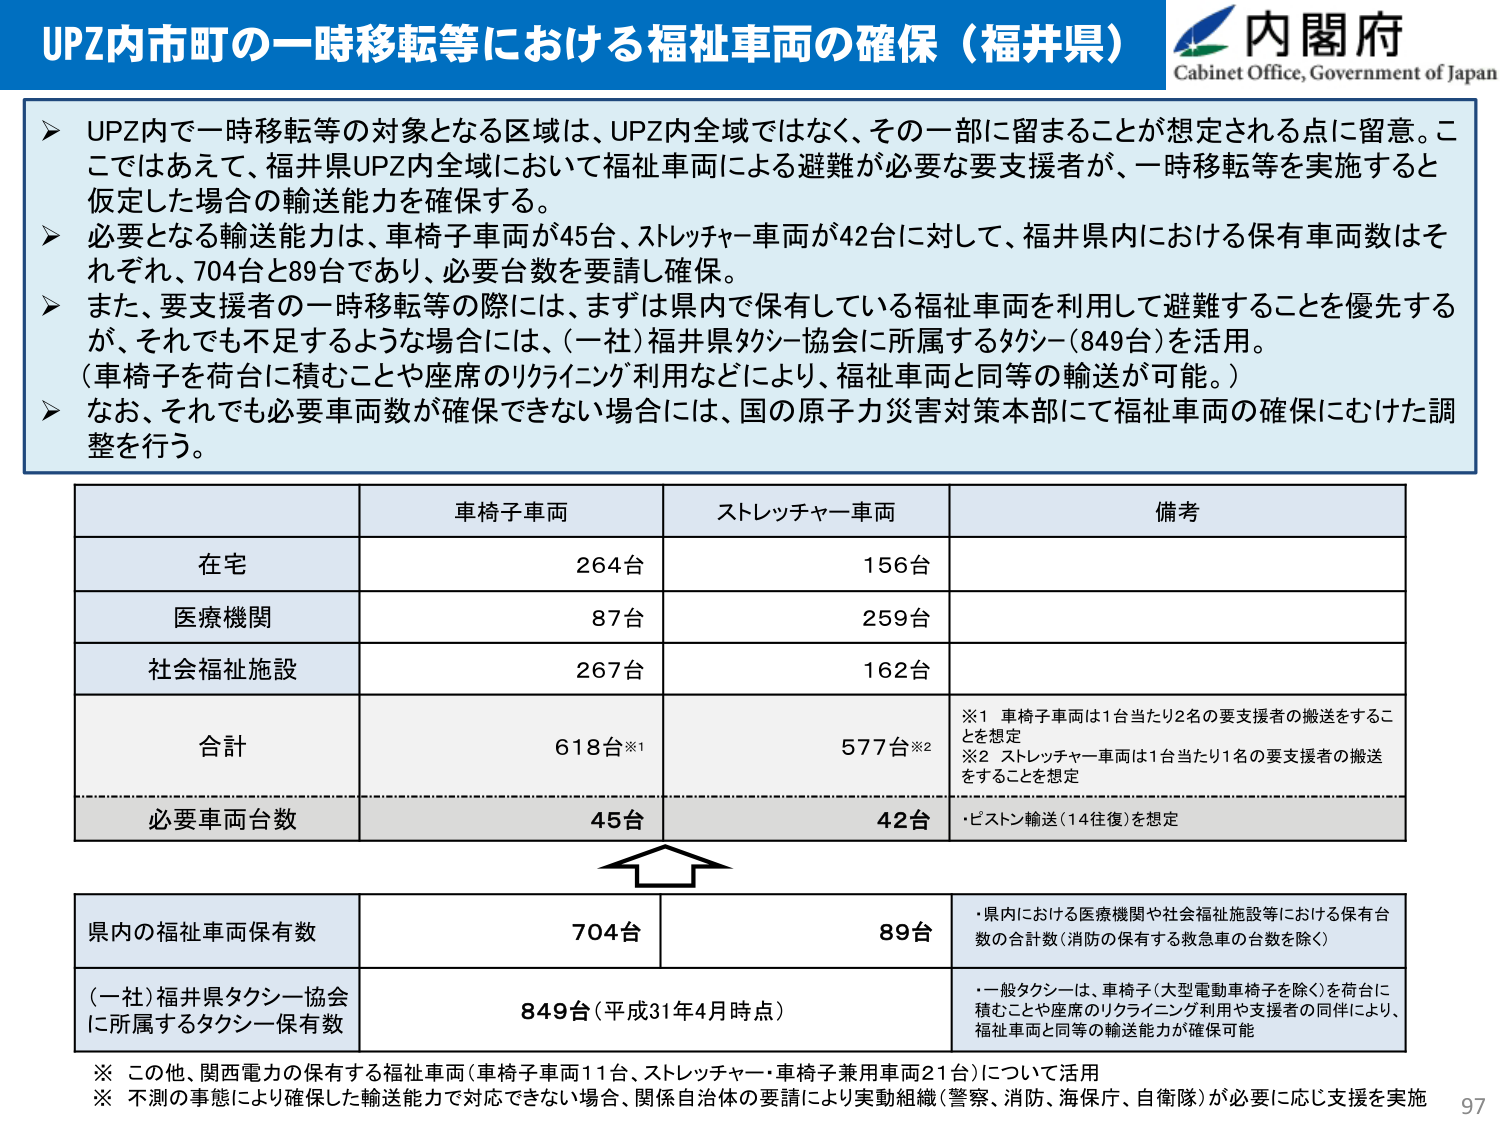
UPZ内市町の一時移転等における福祉車両の確保（福井県）
内閣府
Cabinet Office, Government of Japan

➤ UPZ内で一時移転等の対象となる区域は、UPZ内全域ではなく、その一部に留まることが想定される点に留意。ここではあえて、福井県UPZ内全域において福祉車両による避難が必要な要支援者が、一時移転等を実施すると仮定した場合の輸送能力を確保する。
➤ 必要となる輸送能力は、車椅子車両が45台、ストレッチャー車両が42台に対して、福井県内における保有車両数はそれぞれ、704台と89台であり、必要台数を要請し確保。
➤ また、要支援者の一時移転等の際には、まずは県内で保有している福祉車両を利用して避難することを優先するが、それでも不足するような場合には、（一社）福井県タクシー協会に所属するタクシー（849台）を活用。
（車椅子を荷台に積むことや座席のリクライニング利用などにより、福祉車両と同等の輸送が可能。）
➤ なお、それでも必要車両数が確保できない場合には、国の原子力災害対策本部にて福祉車両の確保にむけた調整を行う。

車椅子車両　　ストレッチャー車両　　備考
在宅　　　　　264台　　　　　　156台
医療機関　　　87台　　　　　　259台
社会福祉施設　267台　　　　　　162台
合計　　　　　618台※1　　　　577台※2
　　　　　　　　　　　　　　　※1 車椅子車両は1台当たり2名の要支援者の搬送をすることを想定
　　　　　　　　　　　　　　　※2 ストレッチャー車両は1台当たり1名の要支援者の搬送をすることを想定
必要車両台数　　45台　　　　　　42台　　　　　・ピストン輸送（14往復）を想定

県内の福祉車両保有数　　　　　704台　　　　　　89台　　　・県内における医療機関や社会福祉施設等における保有台数の合計数（消防の保有する救急車の台数を除く）
（一社）福井県タクシー協会に所属するタクシー保有数　　849台（平成31年4月時点）　　　・一般タクシーは、車椅子（大型電動車椅子を除く）を荷台に積むことや座席のリクライニング利用や支援者の同伴により、福祉車両と同等の輸送能力が確保可能

※ この他、関西電力の保有する福祉車両（車椅子車両11台、ストレッチャー・車椅子兼用車両21台）について活用
※ 不測の事態により確保した輸送能力で対応できない場合、関係自治体の要請により実動組織（警察、消防、海保庁、自衛隊）が必要に応じ支援を実施
97